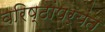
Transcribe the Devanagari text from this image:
वरिष्ठांपर्यंत